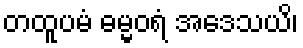
တထူပမံ ဓမ္မဝရံ အဒေသယိ၊